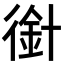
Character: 𢔿